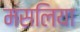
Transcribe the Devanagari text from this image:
मसलिया